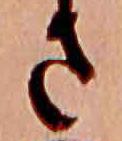
さ